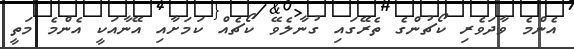
އެންމެ ވާދަވެރި ކޯޗުންގެ ތެރޭގައި ގުނާލެވޭ ކޯޗެއް ކަމަށާއި އޭނާއަކީ އެންމެ މަތީ